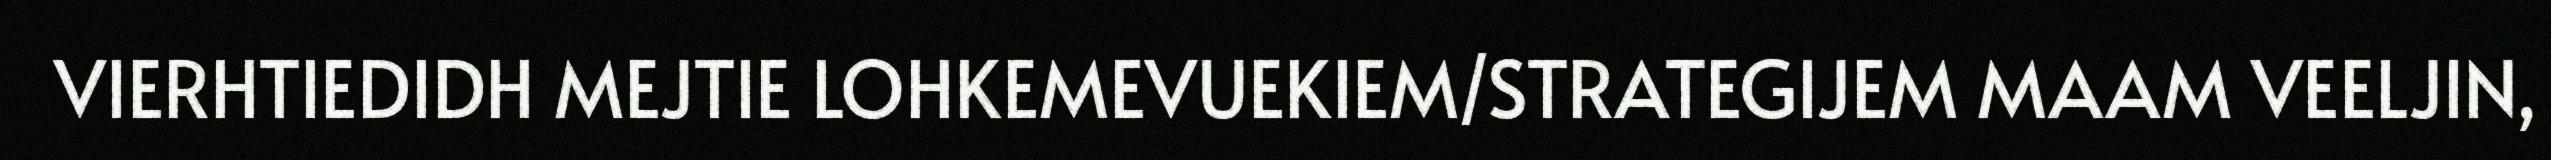
VIERHTIEDIDH MEJTIE LOHKEMEVUEKIEM/STRATEGIJEM MAAM VEELJIN,